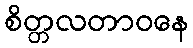
စိတ္တလတာဝနေ